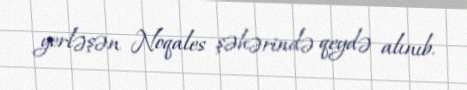
yerləşən Noqales şəhərində qeydə alınıb.